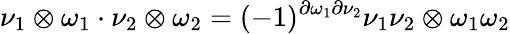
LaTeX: \nu_{1}\otimes\omega_{1}\cdot\nu_{2}\otimes\omega_{2}=(-1)^{\partial\omega_{1}\partial\nu_{2}}\nu_{1}\nu_{2}\otimes\omega_{1}\omega_{2}